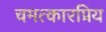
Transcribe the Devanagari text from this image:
चमत्कारप्रिय